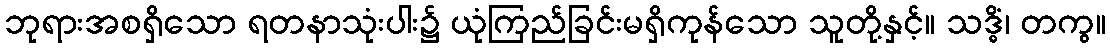
ဘုရားအစရှိသော ရတနာသုံးပါး၌ ယုံကြည်ခြင်းမရှိကုန်သော သူတို့နှင့်။ သဒ္ဓိံ၊ တကွ။